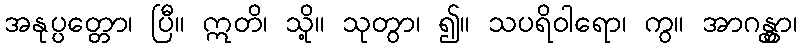
အနုပ္ပတ္တော၊ ပြီ။ ဣတိ၊ သို့။ သုတွာ၊ ၍။ သပရိဝါရော၊ ကွ။ အာဂန္တွာ၊